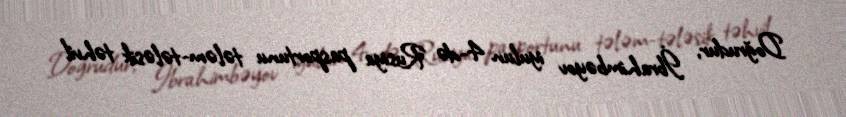
Doğrudur, İbrahimbəyov iyulun 4-də Rusiya pasportunu tələm-tələsik təhvil